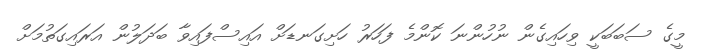
މީގެ ސަބަބަކީ ވިހައިގެން ނުހުންނަ ކޮންމެ ފަހަރު ހަށިގަނޑަށް އައިސްފައިވާ ބަދަލުން އަރައިގަތުމަށް